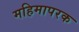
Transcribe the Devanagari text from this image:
महिमापरक